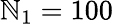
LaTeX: \mathbb{N}_{1}=100